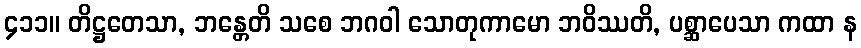
၄၁၁။ တိဋ္ဌတေသာ, ဘန္တေတိ သစေ ဘဂဝါ သောတုကာမော ဘဝိဿတိ, ပစ္ဆာပေသာ ကထာ န